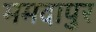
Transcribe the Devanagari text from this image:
ममदापुर